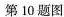
第10题图